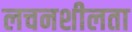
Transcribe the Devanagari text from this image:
लचनशीलता